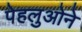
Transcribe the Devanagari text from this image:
पेहलुओने